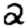
Digit: 2